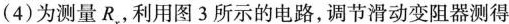
(4)为测量R，利用图3所示的电路，调节滑动变阻器测得